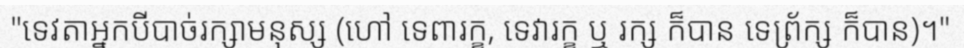
"ទេវតាអ្នកបីបាច់រក្សាមនុស្ស (ហៅ ទេពារក្ខ, ទេវារក្ខ ឬ រក្ស ក៏បាន ទេព្រ័ក្ស ក៏បាន)។"